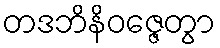
တဒဘိနိဝဇ္ဇေတွာ